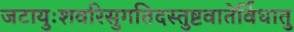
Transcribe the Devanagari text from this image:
जटायुःशवरिसुगतिदस्तुष्टवातेर्विधातु